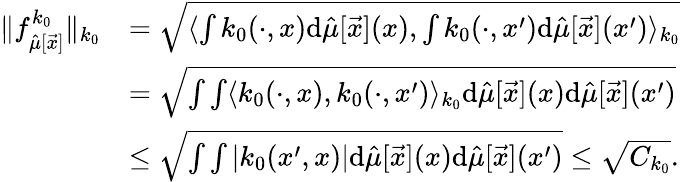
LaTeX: \begin{array}{rl}{\| f_{\hat{\mu}[\vec{x}]}^{k_{0}}\| _{k_{0}}}&{=\sqrt{\langle\int k_{0}(\cdot,x)\mathrm{d}\hat{\mu}[\vec{x}](x),\int k_{0}(\cdot,x^{\prime})\mathrm{d}\hat{\mu}[\vec{x}](x^{\prime})\rangle_{k_{0}}}}\\ &{=\sqrt{\int\int\langle k_{0}(\cdot,x),k_{0}(\cdot,x^{\prime})\rangle_{k_{0}}\mathrm{d}\hat{\mu}[\vec{x}](x)\mathrm{d}\hat{\mu}[\vec{x}](x^{\prime})}}\\ &{\leq\sqrt{\int\int|k_{0}(x^{\prime},x)|\mathrm{d}\hat{\mu}[\vec{x}](x)\mathrm{d}\hat{\mu}[\vec{x}](x^{\prime})}\leq\sqrt{C_{k_{0}}}.}\end{array}